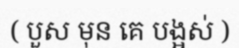
( បួស មុន គេ បង្អស់ )